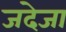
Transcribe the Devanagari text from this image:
जदेजा